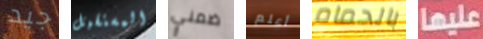
جيد المستقبل ضمني أعلم بالحمام عليها